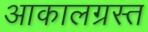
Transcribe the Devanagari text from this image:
आकालग्रस्त